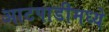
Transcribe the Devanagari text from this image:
आटपाडीमध्ये